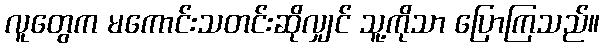
လူတွေက မကောင်းသတင်းဆိုလျှင် သူ့ကိုသာ ပြောကြသည်။